Report of the Indian Hemp Drugs Commission, 1894-1895 - Volume III
Year: 1894
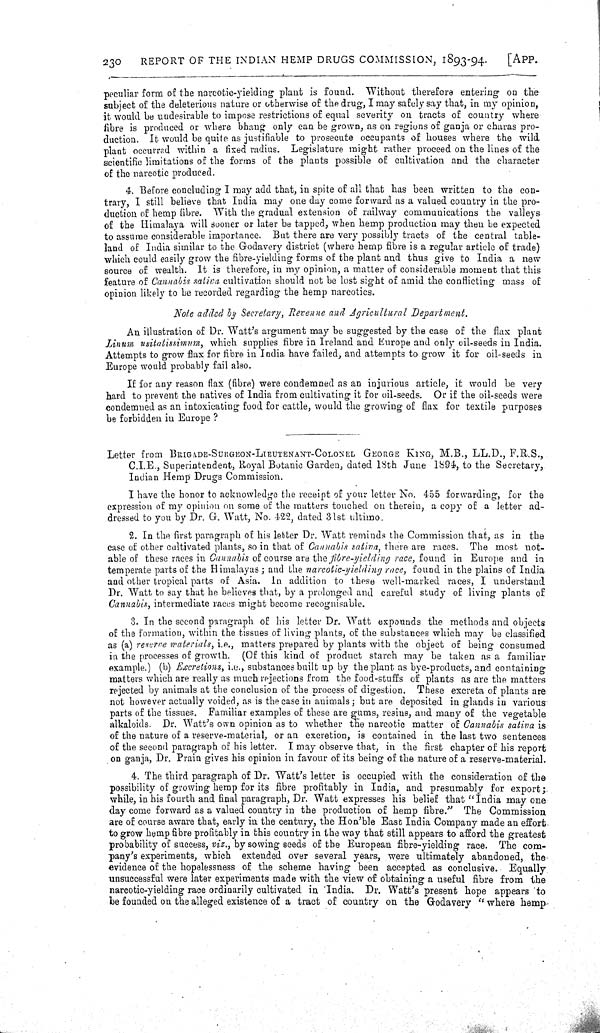
230
REPORT OF THE INDIAN HEMP DRUGS COMMISSION, 1893-94.
[APP.
peculiar form of the narcotic-yielding plant is found. Without therefore entering on the
subject of the deleterious nature or otherwise of the drug, I may safely say that, in my opinion,
it would be undesirable to impose restrictions of equal severity on tracts of country where
fibre is produced or where bhang only can be grown, as on regions of ganja or charas pro-
duction. It would be quite as justifiable to prosecute occupants of houses where the wild
plant occurred within a fixed radius. Legislature might rather proceed on the lines of the
scientific limitations of the forms of the plants possible of cultivation and the character
of the narcotic produced.
4. Before concluding I may add that, in spite of all that has been written to the con-
trary, I still believe that India may one day come forward as a valued country in the pro-
duction of hemp fibre. With the gradual extension of railway communications the valleys
of the Himalaya will sooner or later be tapped, when hemp production may then be expected
to assume considerable importance. But there are very possibly tracts of the central table-
land of India similar to the Godavery district (where hemp fibre is a regular article of trade)
which could easily grow the fibre-yielding forms of the plant and thus give to India a new
source of wealth. It is therefore, in my opinion, a matter of considerable moment that this
feature of Cannabis satica cultivation should not be lost sight of amid the conflicting mass of
opinion likely to be recorded regarding the hemp narcotics.
Note added by Secretary, Revenue and Agricultural Department.
An illustration of Dr. Watt's argument may be suggested by the case of the flax plant
Linum usitatissimum, which supplies fibre in Ireland and Europe and only oil-seeds in India.
Attempts to grow flax for fibre in India have failed, and attempts to grow it for oil-seeds in
Europe would probably fail also.
If for any reason flax (fibre) were condemned as an injurious article, it would be very
hard to prevent the natives of India from cultivating it for oil-seeds. Or if the oil-seeds were
condemned as an intoxicating food for cattle, would the growing of flax for textile purposes
be forbidden in Europe ?
Letter from BRIGADE-SURGEON-LIEUTENANT-COLONEL GEORGE KING, M.B., L.L.D., F.R.S.,
C.I.E., Superintendent, Royal Botanic Garden, dated 18th June 1894, to the Secretary,
Indian Hemp Drugs Commission.
I have the honor to acknowledge the receipt of your letter No. 455 forwarding, for the
expression of my opinion on some of the matters touched on therein, a copy of a letter ad-
dressed to you by Dr. G. Watt, No. 422, dated 31st ultimo.
2. In the first paragraph of his letter Dr. Watt reminds the Commission that, as in the
case of other cultivated plants, so in that of Cannabis sativa, there are races. The most not-
able of these races in Cannabis of course are the fibre-yielding race, found in Europe and in
temperate parts of the Himalayas; and the narcotic-yielding race, found in the plains of India
and other tropical parts of Asia. In addition to these well-marked races, I understand
Dr. Watt to say that he believes that, by a prolonged and careful study of living plants of
Cannabis, intermediate races might become recognisable.
3. In the second paragraph of his letter Dr. Watt expounds the methods and objects
of the formation, within the tissues of living plants, of the substances which may be classified
as (a) reserve materials, i.e., matters prepared by plants with the object of being consumed
in the processes of growth. (Of this kind of product starch may be taken as a familiar
example.) (b) Excretions, i.e., substances built up by the plant as bye-products, and containing
matters which are really as much rejections from the food-stuffs of plants as are the matters
rejected by animals at the conclusion of the process of digestion. These excreta of plants are
not however actually voided, as is the case in animals; but are deposited in glands in various
parts of the tissues. Familiar examples of these are gums, resins, and many of the vegetable
alkaloids. Dr. Watt's own opinion as to whether the narcotic matter of Cannabis sativa is
of the nature of a reserve-material, or an excretion, is contained in the last two sentences
of the second paragraph of his letter. I may observe that, in the first chapter of his report
on ganja, Dr. Prain gives his opinion in favour of its being of the nature of a reserve-material.
4. The third paragraph of Dr. Watt's letter is occupied with the consideration of the
possibility of growing hemp for its fibre profitably in India, and presumably for export;
while, in his fourth and final paragraph, Dr. Watt expresses his belief that " India may one
day come forward as a valued country in the production of hemp fibre." The Commission
are of course aware that, early in the century, the Hon'ble East India Company made an effort
to grow hemp fibre profitably in this country in the way that still appears to afford the greatest
probability of success, viz., by sowing seeds of the European fibre-yielding race. The com-
pany's experiments, which extended over several years, were ultimately abandoned, the-
evidence of the hopelessness of the scheme having been accepted as conclusive. Equally
unsuccessful were later experiments made with the view of obtaining a useful fibre from the
narcotic-yielding race ordinarily cultivated in India. Dr. Watt's present hope appears to
be founded on the alleged existence of a tract of country on the Godavery " where hemp